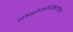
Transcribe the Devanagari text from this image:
दोनोंअधिष्ठाताओं